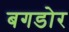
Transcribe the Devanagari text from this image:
बगडोर